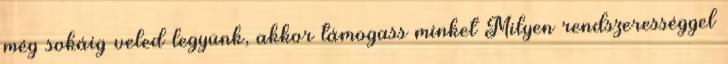
még sokáig veled legyünk, akkor támogass minket Milyen rendszerességgel